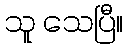
သူ သေပြီ။